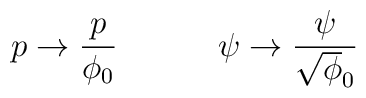
p \to {p \over \phi_0} \hskip.5in \psi \to{\psi \over \sqrt\phi_0}